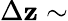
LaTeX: \Delta\mathbf{z}\sim